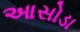
આસોડા